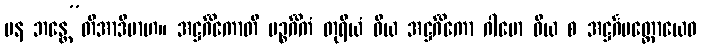
ပန ဘန္တေ”တိအာဒိမာဟ။ အဋ္ဌင်္ဂိကောတိ ပဉ္စင်္ဂိကံ တုရိယံ ဝိယ အဋ္ဌင်္ဂိကော ဂါမော ဝိယ စ အဋ္ဌင်္ဂမတ္တောယေဝ